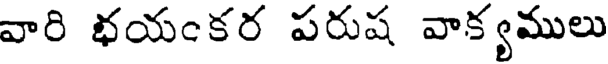
వారి భయంకర పరుష వాక్యములు